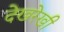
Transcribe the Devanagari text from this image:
देखरेखी